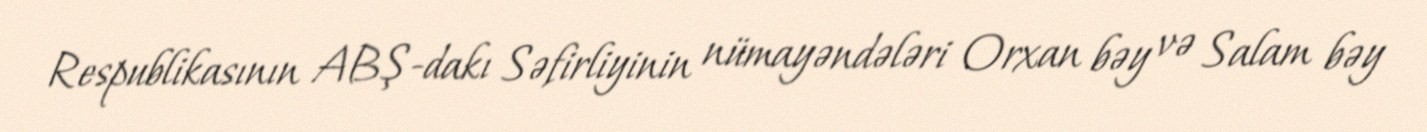
Respublikasının ABŞ-dakı Səfirliyinin nümayəndələri Orxan bəy və Salam bəy